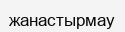
жанастырмау